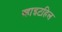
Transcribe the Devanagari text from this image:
व्हाइटहिल